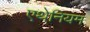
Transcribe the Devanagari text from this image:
एथेनियम